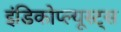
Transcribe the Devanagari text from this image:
इंडिकोप्ल्यूस्ट्स